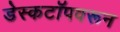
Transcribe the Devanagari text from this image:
डेस्कटॉपवरून